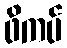
ဖိကပ်